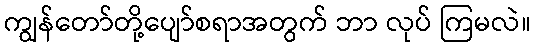
ကျွန်တော်တို့ပျော်စရာအတွက် ဘာ လုပ် ကြမလဲ။